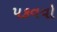
પકવવો